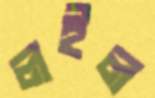
লইল